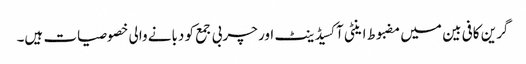
گرین کافی بین میں مضبوط اینٹی آکسیڈینٹ اور چربی جمع کو دبانے والی خصوصیات ہیں۔